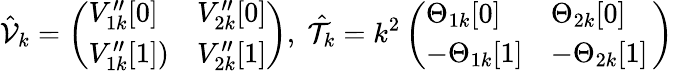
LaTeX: \hat{\mathcal{V}}_{k}=\left(\begin{array}{ll}{V_{1k}^{\prime\prime}[0]}&{V_{2k}^{\prime\prime}[0]}\\ {V_{1k}^{\prime\prime}[1])}&{V_{2k}^{\prime\prime}[1]}\end{array}\right),\; \hat{\mathcal{T}}_{k}=k^{2}\left(\begin{array}{ll}{\Theta_{1k}[0]}&{\Theta_{2k}[0]}\\ {-\Theta_{1k}[1]}&{-\Theta_{2k}[1]\, }\end{array}\right)